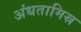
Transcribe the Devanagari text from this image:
अंधतामिस्र